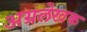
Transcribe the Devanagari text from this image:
अग्रलेखक